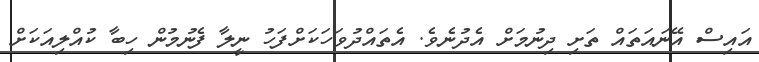
އައިސް އޭނައަތައް ތަށި ދިނުމަށް އެދުނެވެ. އެތައްދުވަހަކަށްފަހު ނީލާ ފެނުމުން ހިބާ ކުއްލިއަކަށް